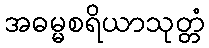
အဓမ္မစရိယာသုတ္တံ